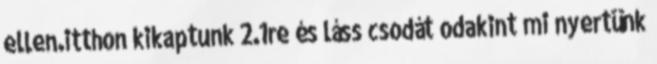
ellen.itthon kikaptunk 2.1re és láss csodát odakint mi nyertünk